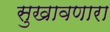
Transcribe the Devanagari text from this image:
सुखावणारा